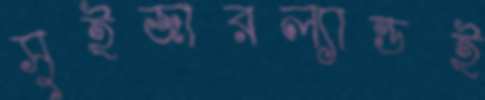
সুইজারল্যান্ডই